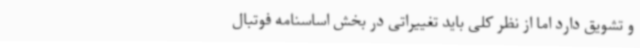
و تشویق دارد اما از نظر کلی باید تغییراتی در بخش اساسنامه فوتبال